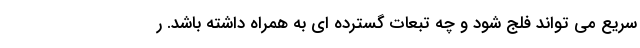
سریع می تواند فلج شود و چه تبعات گسترده ای به همراه داشته باشد. ر